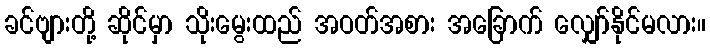
ခင်ဗျားတို့ ဆိုင်မှာ သိုးမွေးထည် အဝတ်အစား အခြောက် လျှော်နိုင်မလား။